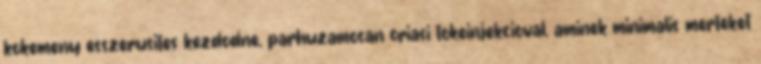
kokemeny esszerusites kezdodne, parhuzamosan oriasi tokeinjekcioval, aminek minimalis merteket